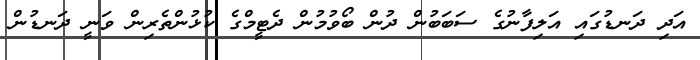
އަދި ދަނޑުގައި އަލިފާނުގެ ސަބަބުން ދުން ބޯވުމުން ދެޓީމްގެ ކުޅުންތެރިން ވަނީ ދަނޑުން